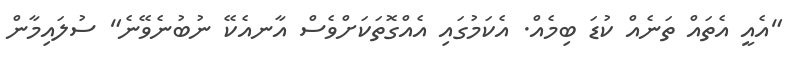
"އެއީ އެތައް ތަނެއް ކުޑަ ބިމެއް. އެކަމުގައި އެއްގޮތަކަށްވެސް އާނއެކޭ ނުބުނެވޭނެ" ސުލައިމާން